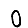
Digit: 0